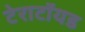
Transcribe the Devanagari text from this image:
टेराटॉयड